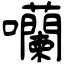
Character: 囒